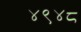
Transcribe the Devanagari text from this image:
४९४८